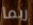
ربما